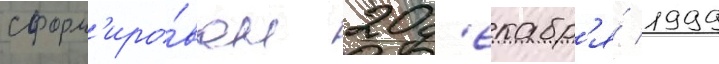
сформ'иро́ван 20 д'екабр'я́ 1999